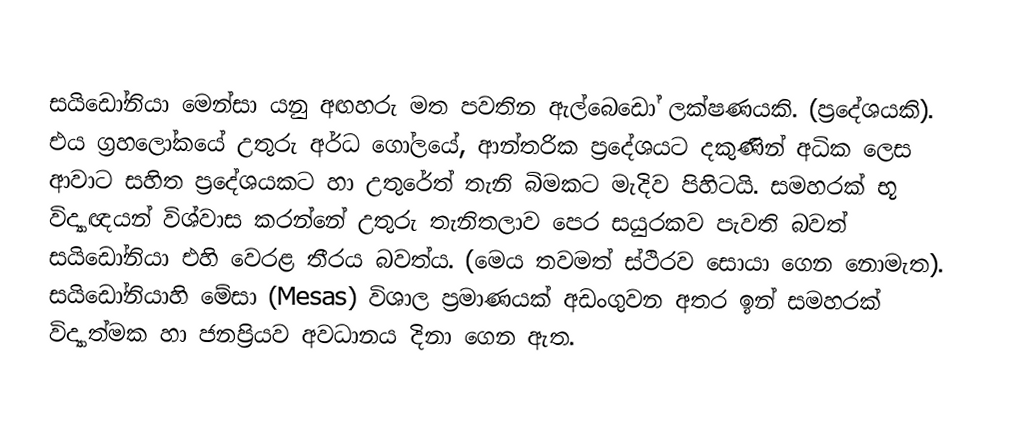
සයිඩෝනියා මෙන්සා යනු අඟහරු මත පවතින ඇල්බෙඩෝ ලක්ෂණයකි. (ප්‍රදේශයකි). එය ග්‍රහලෝකයේ උතුරු අර්ධ ගෝලයේ, ආන්තරික ප්‍රදේශයට දකුණින් අධික ලෙස ආවාට සහිත ප්‍රදේශයකට හා උතුරේත් තැනි බිමකට මැදිව පිහිටයි. සමහරක් භූ විද්‍යාඥයන් විශ්වාස කරන්නේ උතුරු තැනිතලාව පෙර සයුරකව පැවති බවත් සයිඩෝනියා එහි වෙරළ තීරය බවත්ය. (මෙය තවමත් ස්ථිරව සොයා ගෙන නොමැත). සයිඩෝනියාහි මේසා (Mesas) විශාල ප්‍රමාණයක් අඩංගුවන අතර  ඉන් සමහරක් විද්‍යාත්මක හා ජනප්‍රියව අවධානය දිනා ගෙන ඇත.